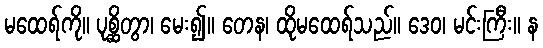
မထေရ်ကို။ ပုစ္ဆိတွာ၊ မေး၍။ တေန၊ ထိုမထေရ်သည်။ ဒေဝ၊ မင်းကြီး။ န